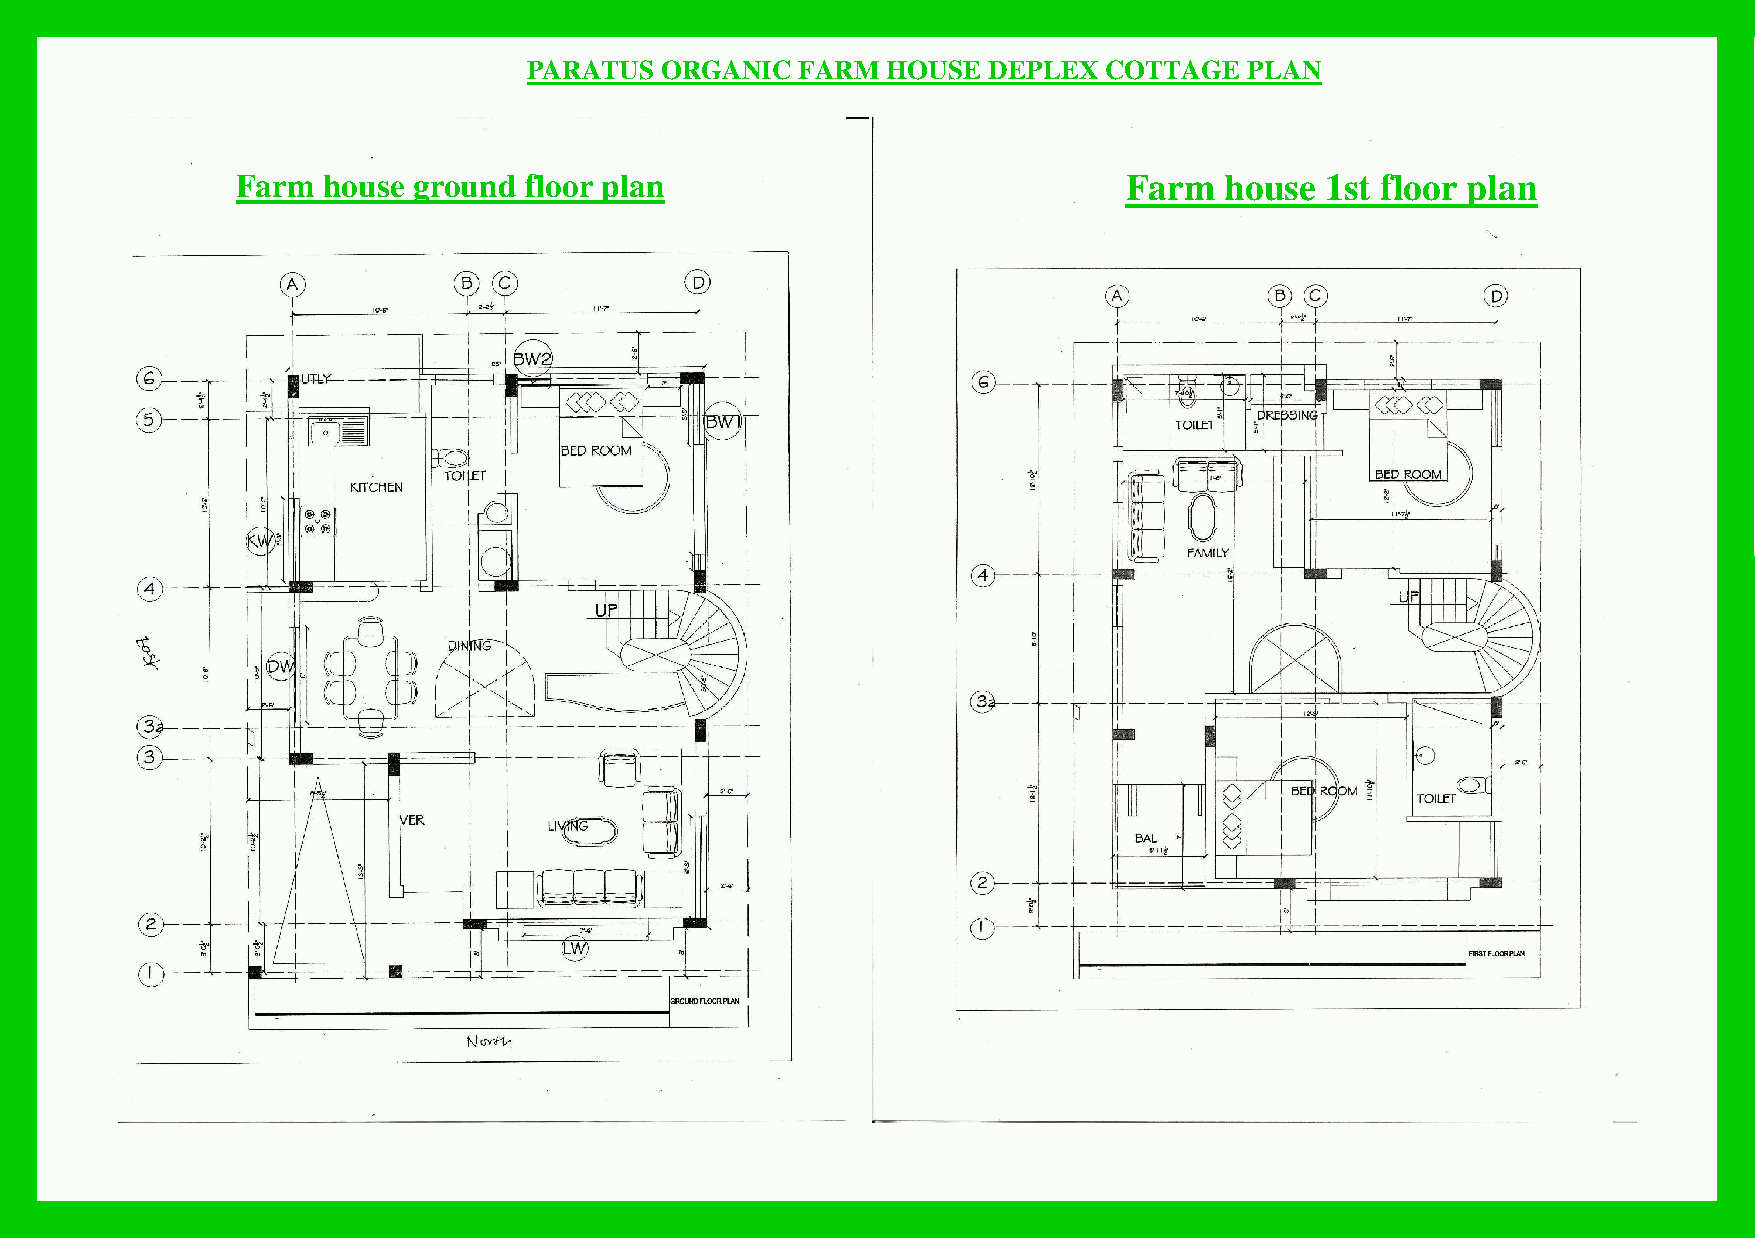
PARATUS  ORGANIC  FARM  HOUSE DEPLEX  COTTAGE   PLAN
 Farm house ground  floor plan                             Farm   house  1st floor plan